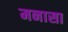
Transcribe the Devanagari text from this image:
मनासा